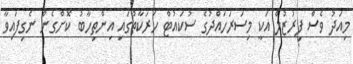
މިއަދު ވެސް ފިރުޒުލް އަކީ މިސަރަހައްދުގެ ސުކައުޓް ހަރަކާތުގައި އިންތިހާބު ކޮށްގެން ނެގިފައިވާ